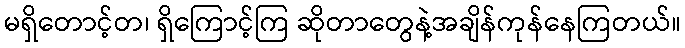
မရှိတောင့်တ၊ ရှိကြောင့်ကြ ဆိုတာတွေနဲ့အချိန်ကုန်နေကြတယ်။